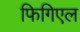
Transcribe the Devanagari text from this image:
फिगिएल